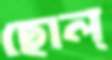
ছোল্‌